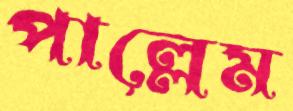
পাল্লেম